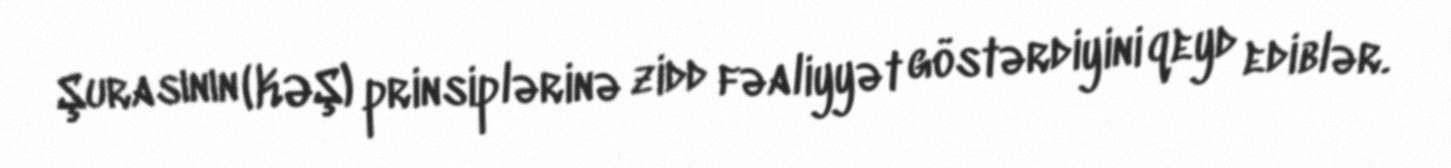
Şurasının (KƏŞ) prinsiplərinə zidd fəaliyyət göstərdiyini qeyd ediblər.